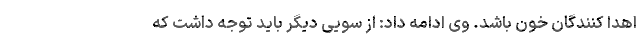
اهدا کنندگان خون باشد. وی ادامه داد: از سویی دیگر باید توجه داشت که